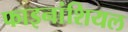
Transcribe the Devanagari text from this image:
फाइनांशियल